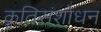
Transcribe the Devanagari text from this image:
कृतिसंशोधन